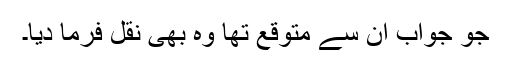
جو جواب ان سے متوقع تھا وہ بھی نقل فرما دیا۔